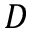
D